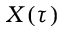
X ( \tau )